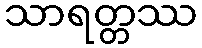
သာရတ္တဿ